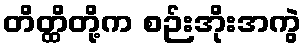
တိတ္ထိတို့က စဉ်းအိုးအကွဲ